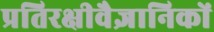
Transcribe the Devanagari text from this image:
प्रतिरक्षीवैज्ञानिकों